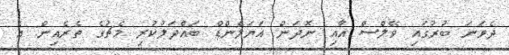
ދެވަނަ ބުރުގައި ވޭލްސް އާއި ނޮދަން އަޔަލެންޑް ބައްދަލުކުރި މެޗުގެ ތެރެއިން: އެ